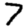
Digit: 7